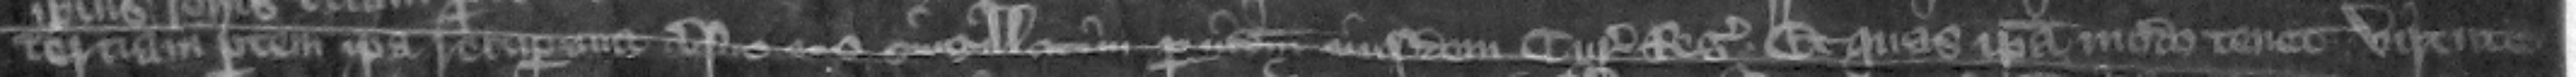
tertiam partem ipsa recuperauit versus cos singillatim per judicium eiusdem curie regis. et quas ipsa modo tenet virtute